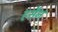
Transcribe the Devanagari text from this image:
हसैन